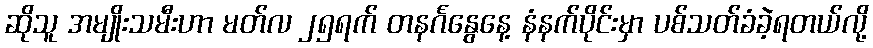
ဆိုသူ အမျိုးသမီးဟာ မတ်လ ၂၅ရက် တနင်္ဂနွေနေ့ နံနက်ပိုင်းမှာ ပစ်သတ်ခံခဲ့ရတယ်လို့